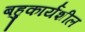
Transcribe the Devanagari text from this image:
बहुकार्यशील